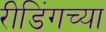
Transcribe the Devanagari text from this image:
रीडिंगच्या